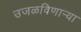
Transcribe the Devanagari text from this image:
उजळविणार्‍या